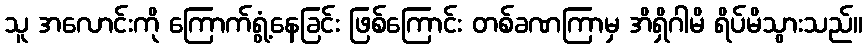
သူ အလောင်းကို ကြောက်ရွံ့နေခြင်း ဖြစ်ကြောင်း တစ်ခဏကြာမှ အိရှိဂါမိ ရိပ်မိသွားသည်။